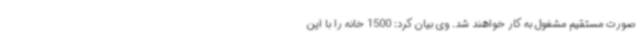
صورت مستقیم مشغول به کار خواهند شد. وی بیان کرد: 1500 خانه را با این